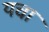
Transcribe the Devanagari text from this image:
यचा